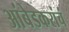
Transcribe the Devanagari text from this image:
आंबेडकरांचं